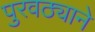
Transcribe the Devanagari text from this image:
पुरवठ्याने